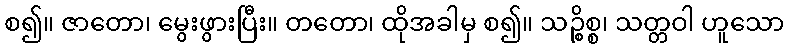
စ၍။ ဇာတော၊ မွေးဖွားပြီး။ တတော၊ ထိုအခါမှ စ၍။ သဉ္စိစ္စ၊ သတ္တဝါ ဟူသော